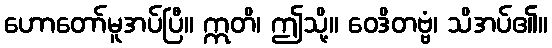
ဟောတော်မူအပ်ပြီ။ ဣတိ၊ ဤသို့။ ဝေဒိတဗ္ဗံ၊ သိအပ်၏။